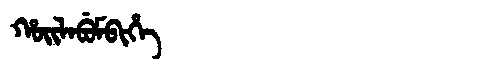
Manchu: ᡥᠣᡳᠯᠠᠪᡠᠮᠪᡳᡥᡝ
Romanization: HOILABUMBIHE